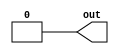
// This program was cloned from: https://github.com/lvyitian/public_personal_files
// License: Creative Commons Zero v1.0 Universal


module TC_Constant(out);
    parameter UUID = 0;
    parameter NAME = "";
    parameter BIT_WIDTH = 1;
    parameter value = {BIT_WIDTH{1'b0}};
    output [BIT_WIDTH-1:0] out;
    
    assign out = value;
endmodule